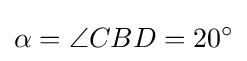
\alpha =\angle CBD=20^{\circ }